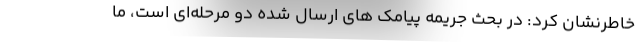
خاطرنشان کرد: در بحث جریمه پیامک های ارسال شده دو مرحله‌ای است، ما